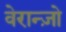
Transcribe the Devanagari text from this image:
वेरान्ज़ो